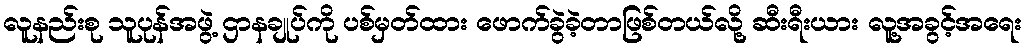
လူနည်းစု သူပုန်အဖွဲ့ ဌာနချုပ်ကို ပစ်မှတ်ထား ဖောက်ခွဲခဲ့တာဖြစ်တယ်လို့ ဆီးရီးယား လူ့အခွင့်အရေး